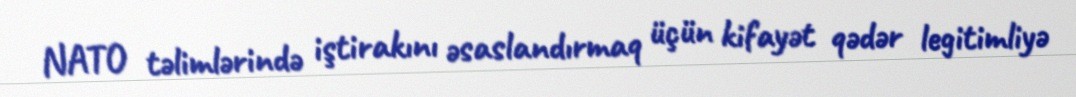
NATO təlimlərində iştirakını əsaslandırmaq üçün kifayət qədər legitimliyə